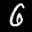
Label: 6